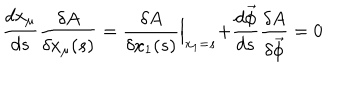
\frac { d x _ { \mu } } { d s } \frac { \delta A } { \delta x _ { \mu } ( s ) } = \frac { \delta A } { \delta x _ { 1 } ( s ) } \Bigl | _ { x _ { 1 } = s } + \frac { d \vec { \phi } } { d s } \frac { \delta A } { \delta \vec { \phi } } = 0